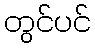
တွင်ပင်